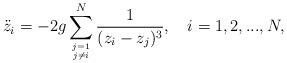
LaTeX: \begin{align*} {\ddot z_{i}} =-2g \sum_{j=1 \atop j \ne i}^{N} \frac{1}{(z_{i}-z_{j})^{3}}, \hspace{0.4cm} i=1,2,..., N,\end{align*}